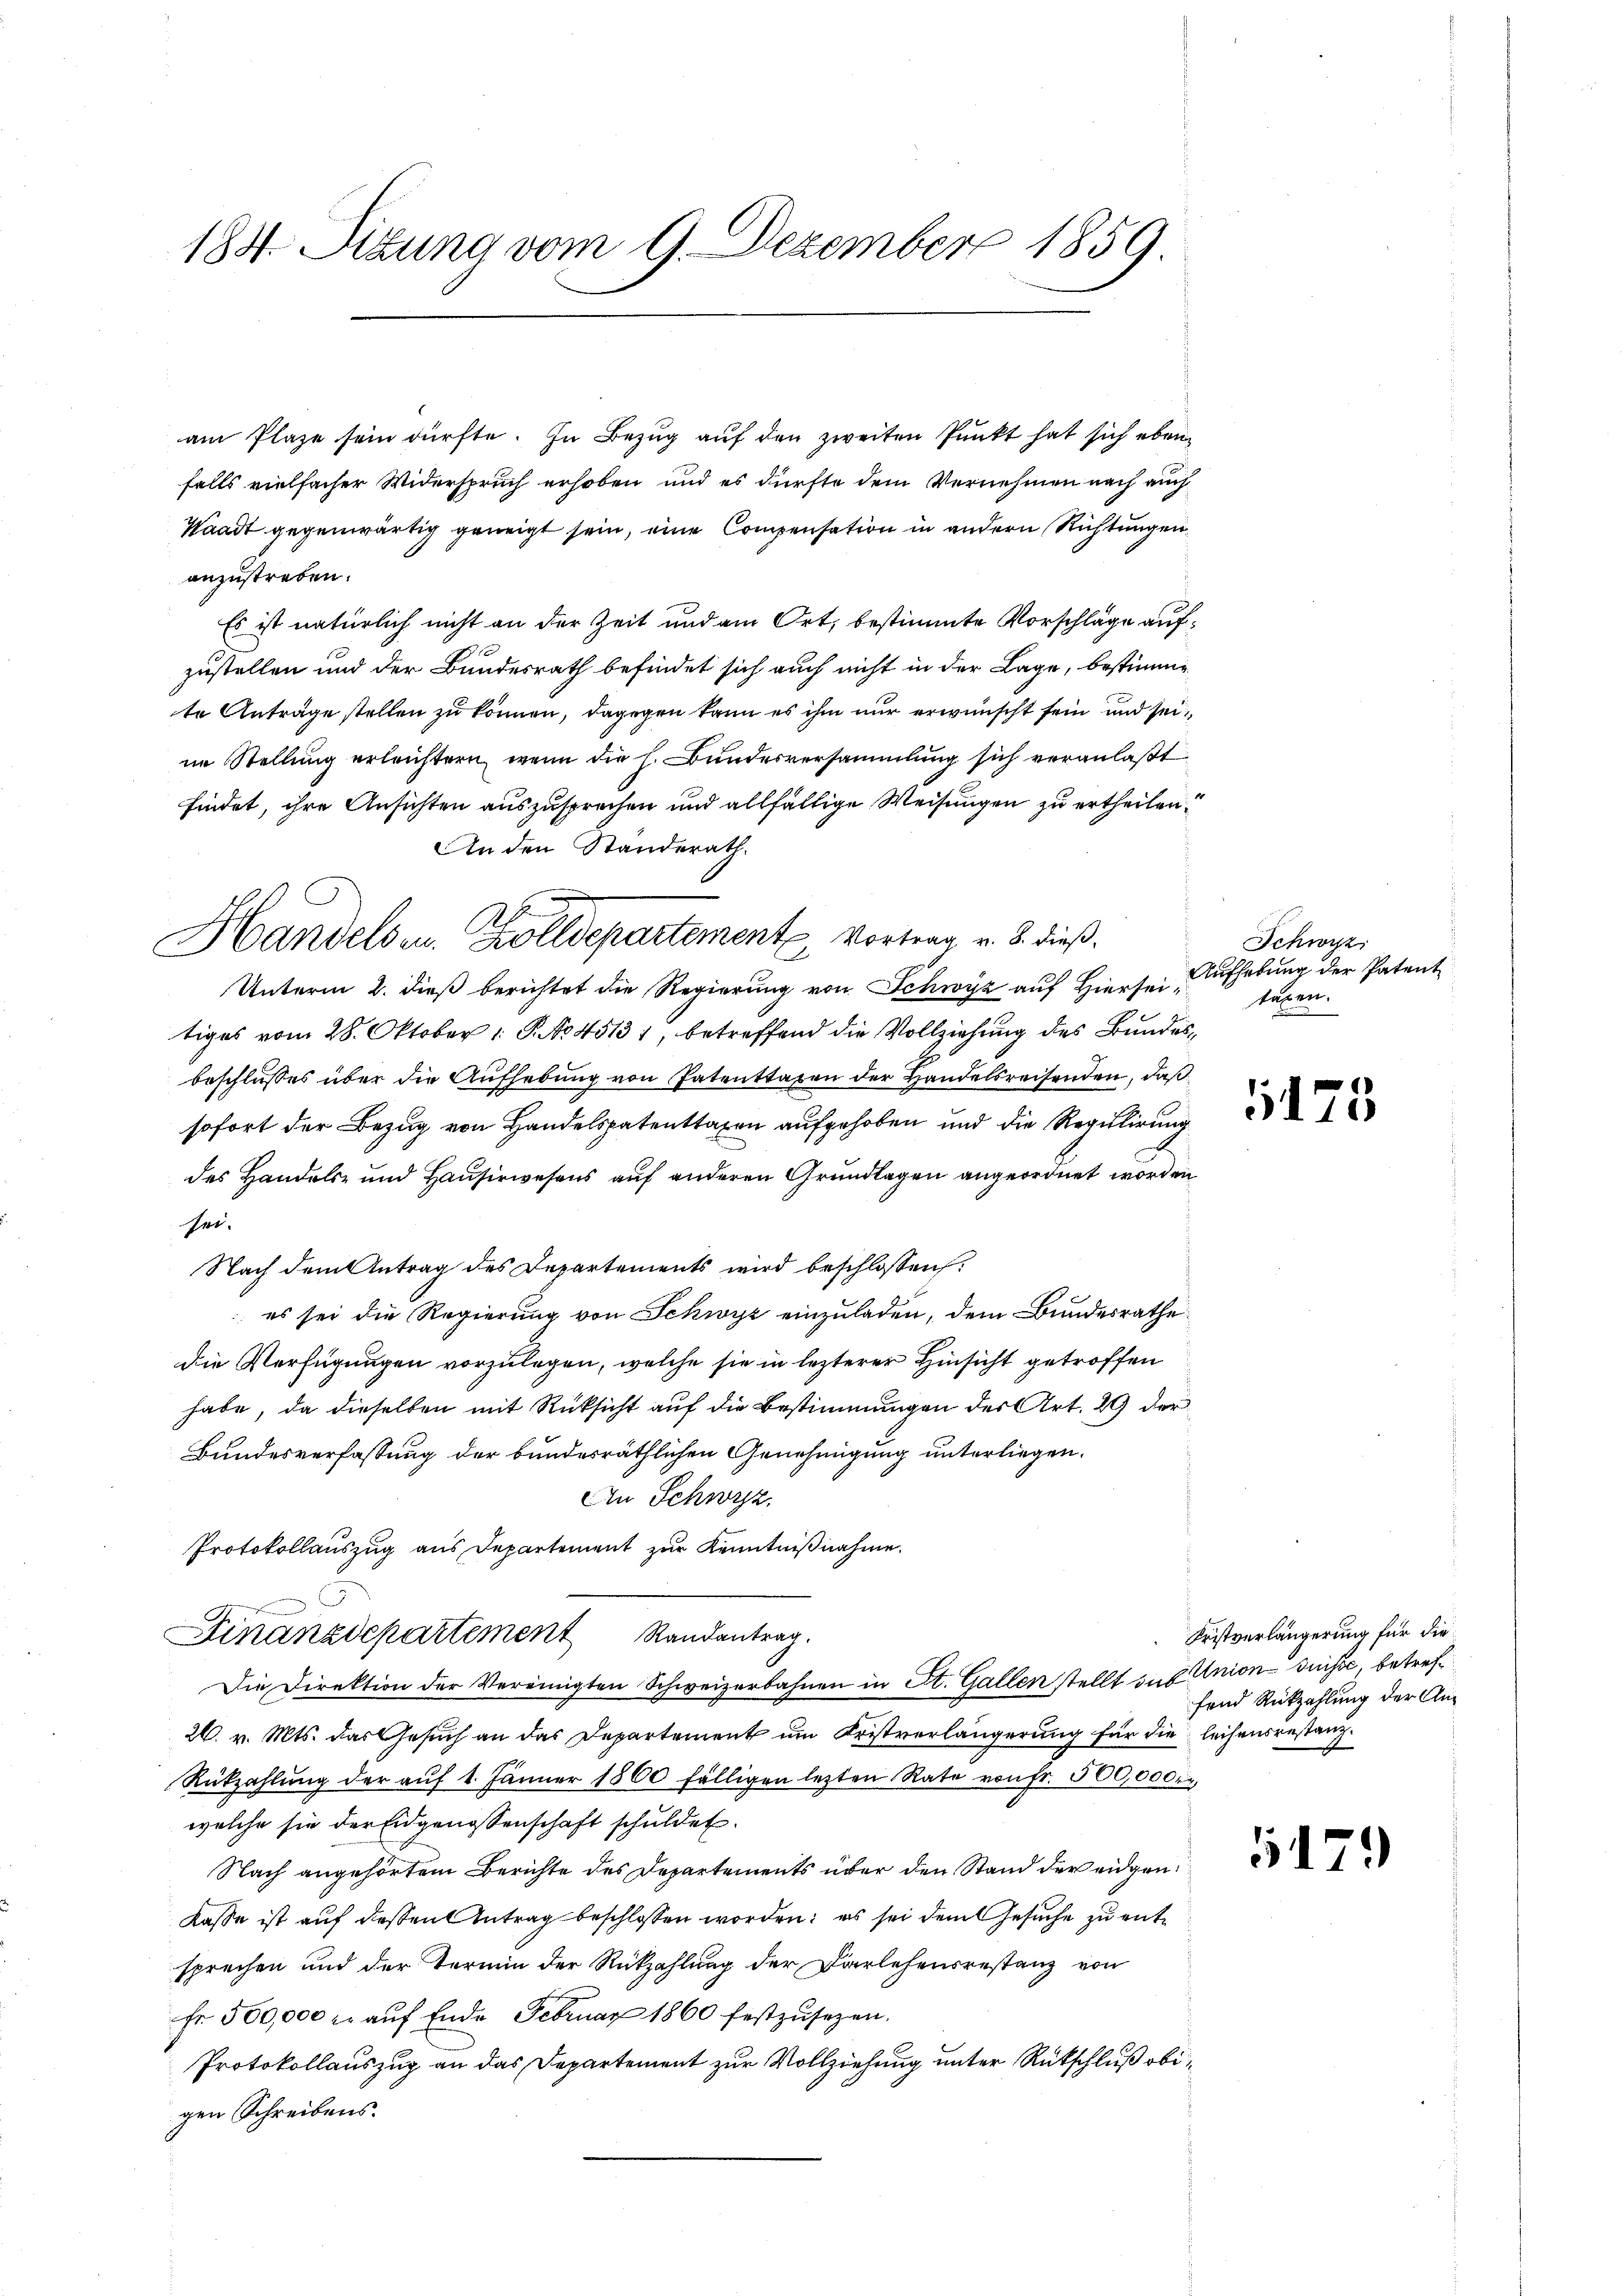
184. Sitzung vom 9. Dezember 1859.

am Plaze sein dürfte. In Bezug auf den zweiten Punkt hat sich ebenfalls vielfacher Widerspruch erhoben und es dürfte dem Vernehmen nach auch
Waadt gegenwärtig geneigt sein, eine Compensation in andern Richtungen
anzustreben.
Es ist natürlich nicht an der Zeit und am Ort, bestimmte Vorschläge aufzustellen und der Bundesrath befindet sich auch nicht in der Lage, bestimmte Anträge stellen zu können, dagegen kann es ihm nur erwünscht sein und seine Stellung erleichtern, wenn die h. Bundesversammlung sich veranlaßt
findet, ihre Ansichten auszusprechen und allfällige Weisungen zu ertheilen.
An den Standerath.
Unterm 2. dieß berichtet die Regierung von Schwyz auf Hierse Aufhebung der Patent
tiges vom 28. Oktober 1 S. No 45131, betreffend die Vollziehung des Bundesbeschlusses über die Aufhebung von Patenttaxen der Handelsreisenden, daß
sofort der Bezug von Handelspatenttaxen aufgehoben und die Regulirung
des Handels- und Hausirwesens auf anderen Grundlagen angeordnet worden
sei.
Nach dem Antrag des Departements wird beschlossen:
 es sei die Regierung von Schwyz einzuladen, dem Bundesrathe
die Verfügungen vorzulegen, welche sie in lezterer Hinsicht getroffen
habe, da dieselben mit Rücksicht auf die Bestimmungen des Art. 29 der
Bundesverfassung der bundesräthlichen Genehmigung unterliegen.
An Schwyz,
Protokollauszug aus Departement zur Kenntnißnahme.
Finanzdepartement Randantrag.
Die Direktion der Vereinigten Schweizerbahnen in St. Gallen stellt aus Union-Suisse, betref¬
26. v. Mts. das Gesuch an das Departement um Fristverlängerung für die leihensrestanz¬
Rükzahlŭng der aŭf 1. Jänner 1860 fälligen letzten Rate von fr. 500,000 f
welche sie der Eidgenossenschaft schuldet.
Nach angehörtem Berichte des Departements über den Stand der eidgen
Kasse ist auf deßen Antrag beschlossen worden; es sei dem Gesuche zu entsprechen und der Termin der Rückzahlung der Darlehensrestanz von
Fr. 500,000 r. aŭf Ende Februar 1860 festzŭsezen.
Protokollauszug an das Departement zur Vollziehung unter Rütschluß obigen Schreibens.

A
Handelsen. Zolldepartemente Vortrag v. 8. dieß¬

Schwyz
taxen.

175

Fristverlängerung für die
fend Rückzahlung der An¬

1

)